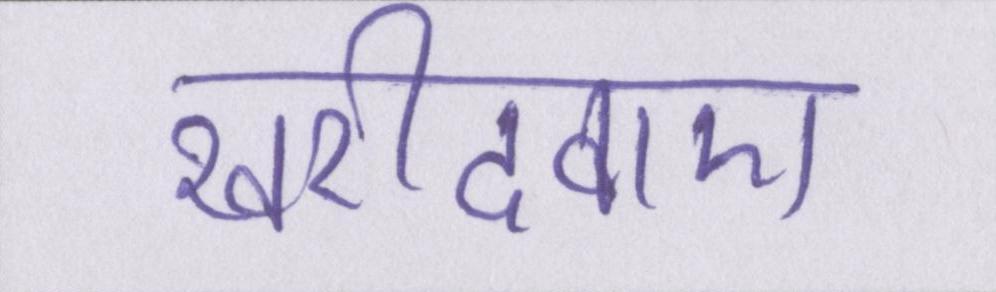
खरीदवाए